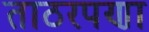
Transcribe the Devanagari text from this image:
ताठरपणा